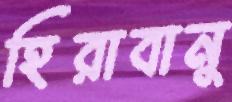
হিরাবানু